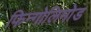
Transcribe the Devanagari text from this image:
फिन्गोलिमोड